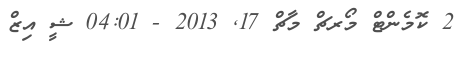
2 ކޮމެންޓް މޯރޗް މާޗް 17